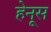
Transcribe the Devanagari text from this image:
हेनूस